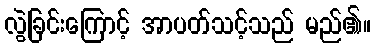
လွဲခြင်းကြောင့် အာပတ်သင့်သည် မည်၏။